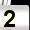
Digit: 2